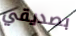
بصديقي